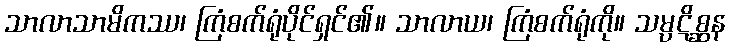
သာလာသာမိကဿ၊ ကြံစက်ရုံပိုင်ရှင်၏။ သာလာယ၊ ကြံစက်ရုံကို။ သမ္ပဋိစ္ဆန